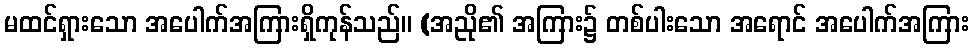
မထင်ရှားသော အပေါက်အကြားရှိကုန်သည်။ (အညို၏ အကြား၌ တစ်ပါးသော အရောင် အပေါက်အကြား